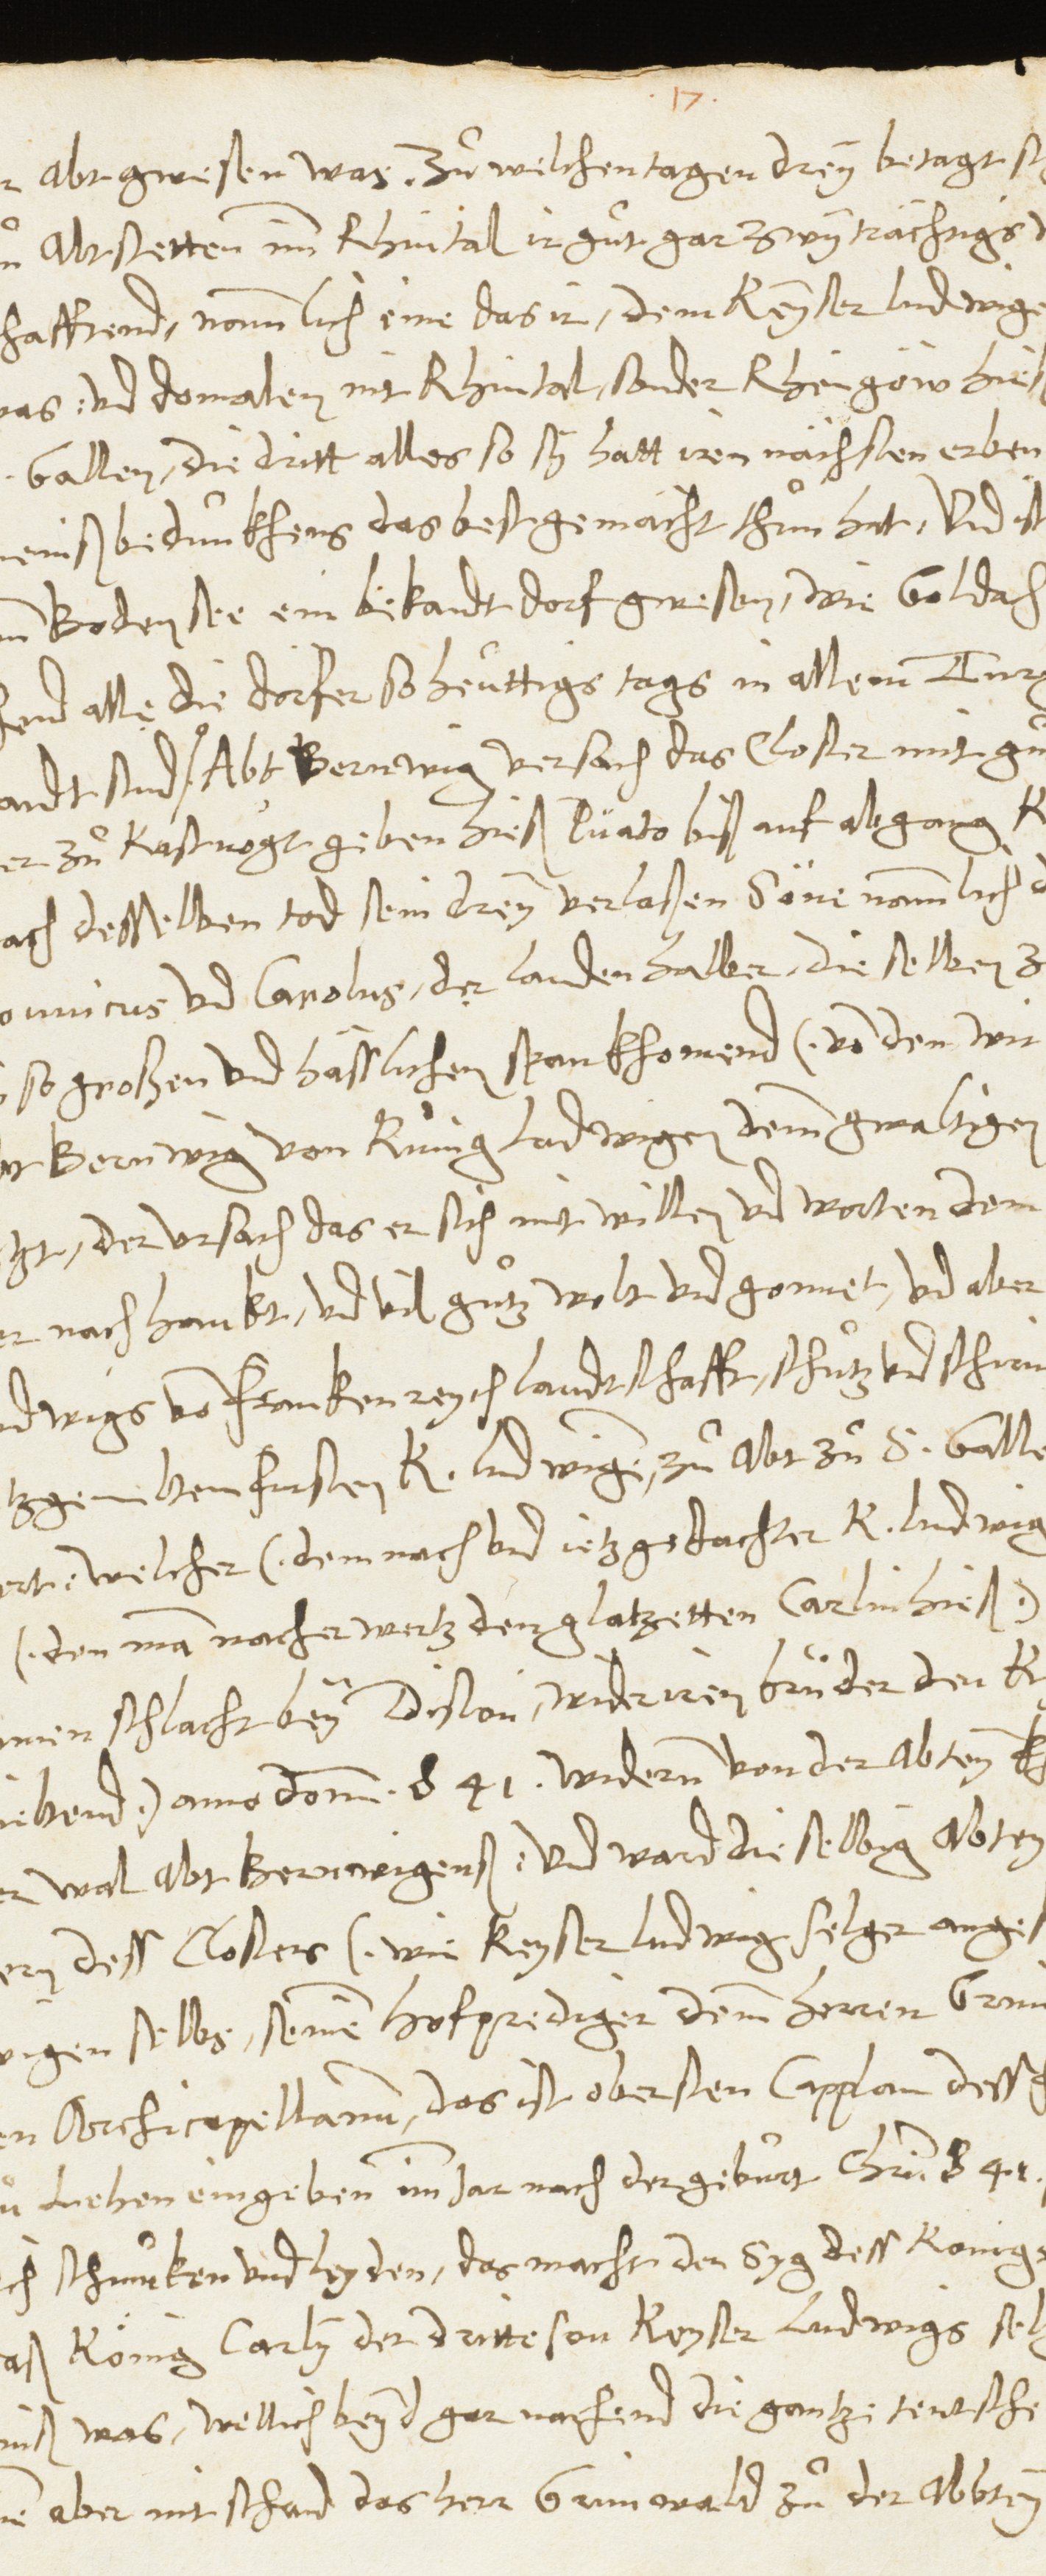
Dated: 1545–1546